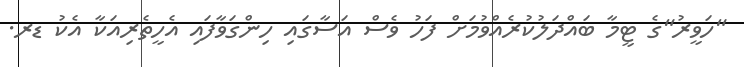
"ހަވީރު"ގެ ޓީމާ ބައްދަލުކުރެއްވުމަށް ފަހު ވެސް އަސާގައި ހިންގަވާފައި އެހީތެރިއަކާ އެކު ޑރ.